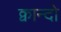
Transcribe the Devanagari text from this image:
क्वान्दो